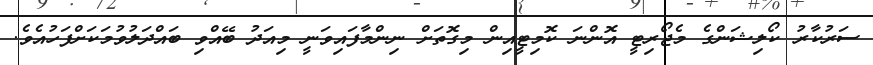
ސަރުކާރު ކޯލިޝަންގެ މެޖޯރިޓީ އޮންނަ ކޮމިޓީއިން މިގޮތަށް ނިންމާފައިވަނީ މިއަދު ބޭއްވި ބައްދަލުވުމަކަށްފަހުއެވެ.